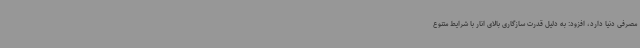
مصرفی دنیا دارد، افزود: به دلیل قدرت سازگاری بالای انار با شرایط متنوع